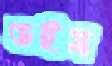
ভইষ